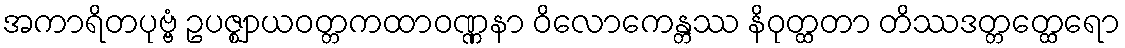
အကာရိတပုဗ္ဗံ ဥပဇ္ဈာယဝတ္တကထာဝဏ္ဏနာ ဝိလောကေန္တဿ နိဝုတ္ထတာ တိဿဒတ္တတ္ထေရော